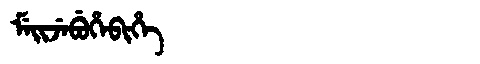
Manchu: ᠮᡝᡳᠵᡝᠪᡠᡥᡝᠪᡳᡥᡝ
Romanization: MEIJEBUHEBIHE